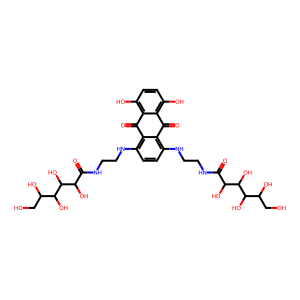
SMILES: O=C1c2c(O)ccc(O)c2C(=O)c2c(NCCNC(=O)C(O)C(O)C(O)C(O)CO)ccc(NCCNC(=O)C(O)C(O)C(O)C(O)CO)c21
Inhibits HIV replication: No